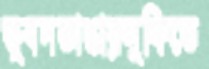
ভুবনডাঙায়লুফিতে